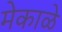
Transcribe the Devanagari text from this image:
मेकाळे